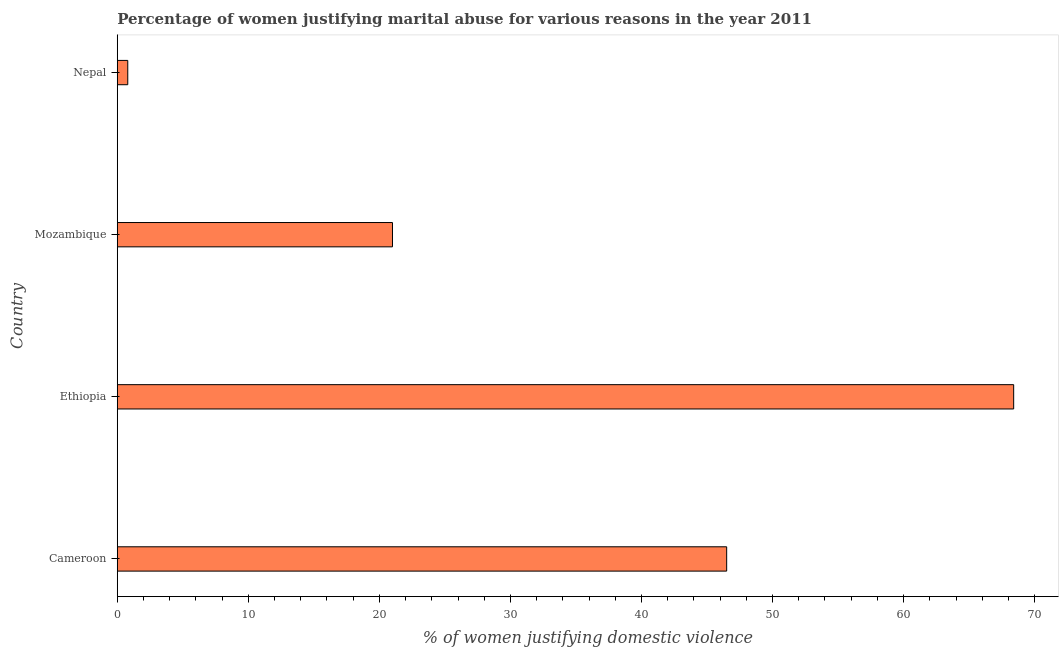
| Country | Physical abuse |
 | --- | --- |
 | Cameroon | 46.5 |
 | Ethiopia | 68.4 |
 | Mozambique | 21 |
 | Nepal | 0.8 |